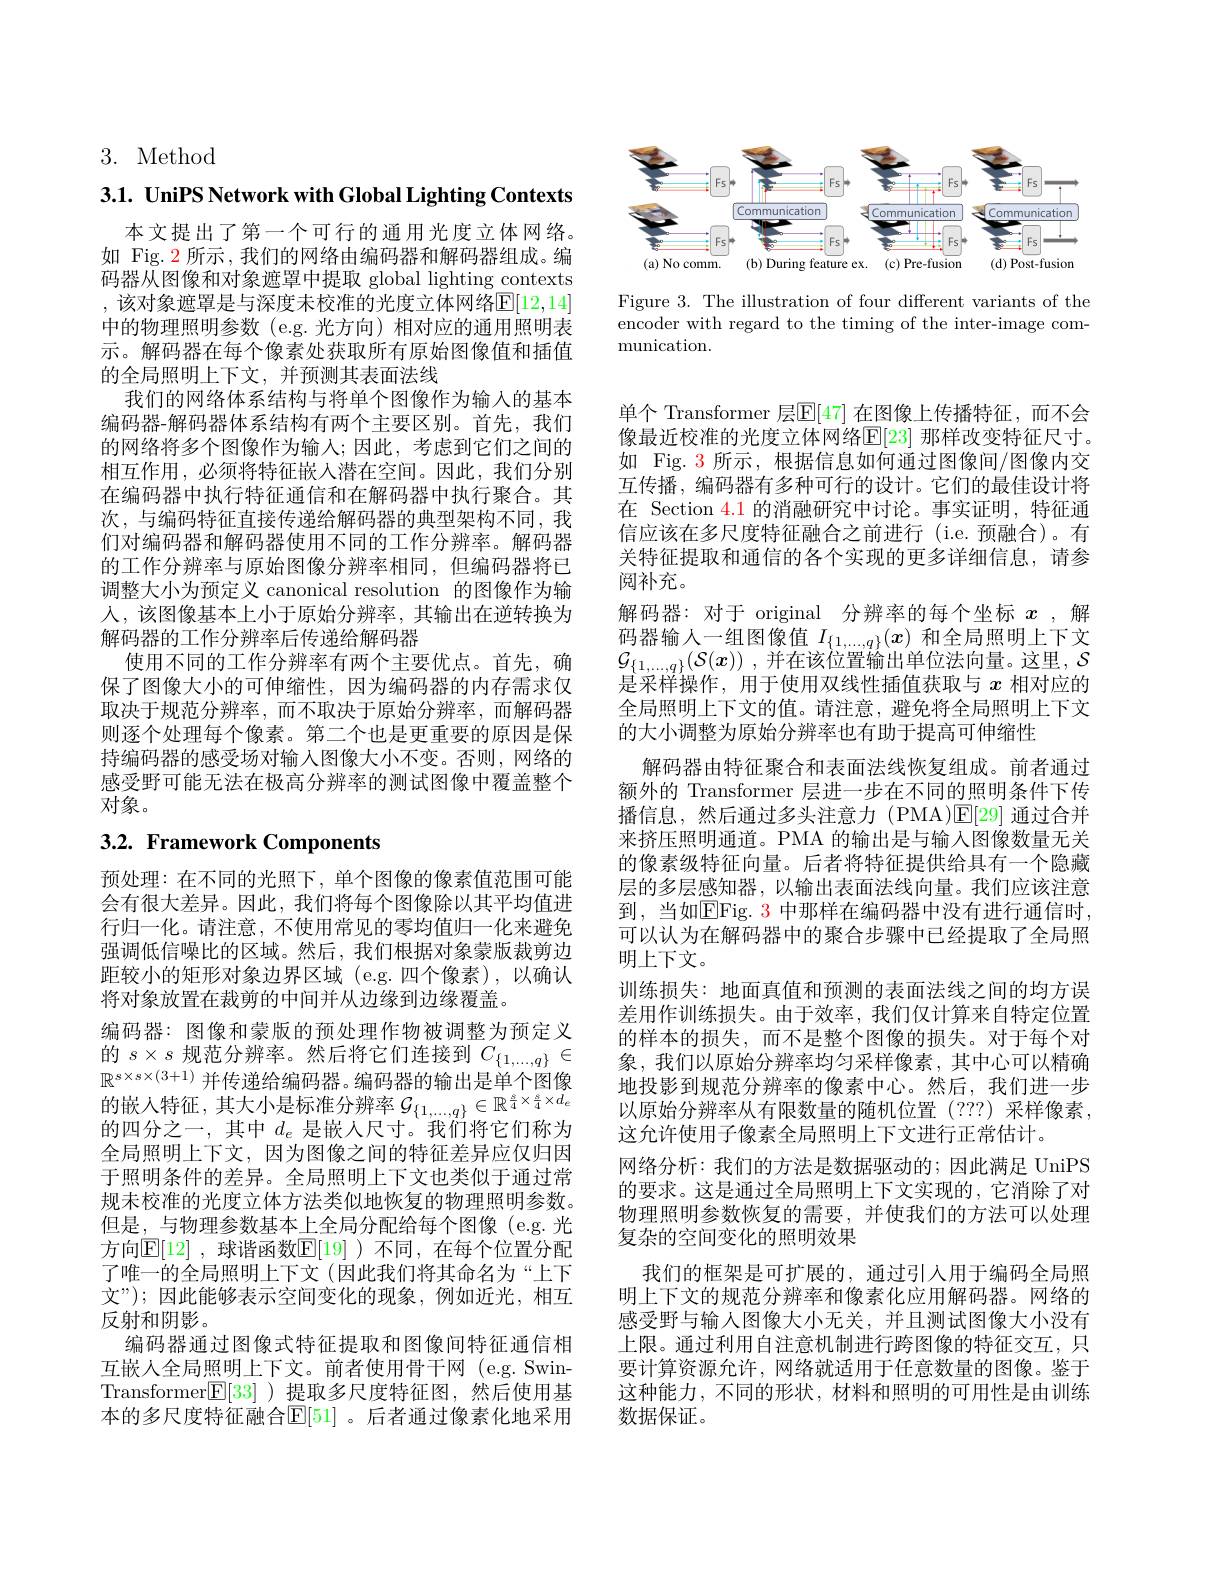
3. Method

3.1. UniPS Network with Global Lighting Contexts

本文提出了第一个可行的通用光度立体网络。如 Fig. 2 所示 , 我们的网络由编码器和解码器组成。编码器从图像和对象遮罩中提取 global lighting contexts , 该对象遮罩是与深度未校准的光度立体网络$\mathbb{E}[12,14]$ 中的物理照明参数(e.g.光方向)相对应的通用照明表示。解码器在每个像素处获取所有原始图像值和插值的全局照明上下文，并预测其表面法线
我们的网络体系结构与将单个图像作为输入的基本编码器-解码器体系结构有两个主要区别。首先，我们的网络将多个图像作为输入；因此，考虑到它们之间的相互作用，必须将特征嵌入潜在空间。因此，我们分别在编码器中执行特征通信和在解码器中执行聚合。其次，与编码特征直接传递给解码器的典型架构不同，我们对编码器和解码器使用不同的工作分辨率。解码器的工作分辨率与原始图像分辨率相同，但编码器将已调整大小为预定义 canonical resolution 的图像作为输人，该图像基本上小于原始分辨率，其输出在逆转换为解码器的工作分辨率后传递给解码器
使用不同的工作分辨率有两个主要优点。首先，确保了图像大小的可伸缩性，因为编码器的内存需求仅取决于规范分辨率，而不取决于原始分辨率，而解码器则逐个处理每个像素。第二个也是更重要的原因是保持编码器的感受场对输入图像大小不变。否则，网络的感受野可能无法在极高分辨率的测试图像中覆盖整个对象。

# 3.2. Framework Components

预处理：在不同的光照下，单个图像的像素值范围可能会有很大差异。因此，我们将每个图像除以其平均值进行归一化。请注意，不使用常见的零均值归一化来避免强调低信噪比的区域。然后，我们根据对象蒙版裁剪边距较小的矩形对象边界区域 (e.g.四个像素),以确认将对象放置在裁剪的中间并从边缘到边缘覆盖。
编码器：图像和蒙版的预处理作物被调整为预定义的$s\times s$规范分辨率。然后将它们连接到$C_\{1,\ldots,q\}\in$ $\mathbb{R}^{s\times s\times(3+1)}$并传递给编码器。编码器的输出是单个图像的嵌入特征，其大小是标准分辨率$\mathcal{G}_{\{1,\ldots,q\}}\in\mathbb{R}^{\frac{s}{4}\times\frac{s}{4}\times d_{e}}$ 的四分之一，其中$d_e$是嵌人尺寸。我们将它们称为全局照明上下文，因为图像之间的特征差异应仅归因于照明条件的差异。全局照明上下文也类似于通过常规未校准的光度立体方法类似地恢复的物理照明参数。但是\_与物理参数基本上全局分配给每个图像 (e.g.光方向$\mathbb{E}[12]$ ,球谐函数$\mathbb{E}[19]$ )不同，在每个位置分配了唯一的全局照明上下文(因此我们将其命名为“上下文”);因此能够表示空间变化的现象，例如近光，相互反射和阴影。
编码器通过图像式特征提取和图像间特征通信相互嵌人全局照明上下文。前者使用骨干网(e.g. SwinTransformer$\boxed{\mathrm{E}[33]}$ )提取多尺度特征图，然后使用基本的多尺度特征融合$\mathbb{E}[51]$ 。后者通过像素化地采用

<FigureHere>

Figure 3. The illustration of four different variants of the encoder with regard to the timing of the inter-image communication.

单个 Transformer 层$\mathbb{E}[47]$ 在图像上传播特征，而不会像最近校准的光度立体网络$\mathbb{E}[23]$ 那样改变特征尺寸。如 Fig. 3 所示，根据信息如何通过图像间/图像内交互传播，编码器有多种可行的设计。它们的最佳设计将在 Section $\color{red}{4.1}$的消融研究中讨论。事实证明，特征通信应该在多尺度特征融合之前进行(i.e.预融合)。有关特征提取和通信的各个实现的更多详细信息，请参阅补充。
解码器：对于 original 分辨率的每个坐标$x$ ,解码器输入一组图像值$I_{\{1,\ldots,q\}}(x)$和全局照明上下文$\mathcal{G} _{\{ 1, \ldots , q\} }( \mathcal{S} ( x) )$ ,并在该位置输出单位法向量。这里，$\mathcal{S}$ 是采样操作，用于使用双线性插值获取与$x$相对应的全局照明上下文的值。请注意，避免将全局照明上下文的大小调整为原始分辨率也有助于提高可伸缩性
解码器由特征聚合和表面法线恢复组成。前者通过额外的 Transformer 层进一步在不同的照明条件下传播信息，然后通过多头注意力(PMA)E[29]通过合并来挤压照明通道。PMA 的输出是与输入图像数量无关的像素级特征向量。后者将特征提供给具有一个隐藏层的多层感知器，以输出表面法线向量。我们应该注意到，当如$\overline{\mathrm{EFig.~3~}}$中那样在编码器中没有进行通信时， 可以认为在解码器中的聚合步骤中已经提取了全局照明上下文。
训练损失：地面真值和预测的表面法线之间的均方误差用作训练损失。由于效率，我们仅计算来自特定位置的样本的损失，而不是整个图像的损失。对于每个对象，我们以原始分辨率均匀采样像素，其中心可以精确地投影到规范分辨率的像素中心。然后，我们进一步以原始分辨率从有限数量的随机位置 (???) 采样像素， 这允许使用子像素全局照明上下文进行正常估计。
网络分析：我们的方法是数据驱动的；因此满足 UniPS 的要求。这是通过全局照明上下文实现的，它消除了对物理照明参数恢复的需要，并使我们的方法可以处理复杂的空间变化的照明效果
我们的框架是可扩展的，通过引入用于编码全局照明上下文的规范分辨率和像素化应用解码器。网络的感受野与输人图像大小无关，并且测试图像大小没有上限。通过利用自注意机制进行跨图像的特征交互，只要计算资源允许，网络就适用于任意数量的图像。鉴于这种能力，不同的形状，材料和照明的可用性是由训练数据保证。